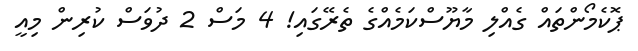
ޕޮކެމޯންތައް ގެއްލި މާޔޫސްކަމެއްގެ ތެރޭގައި! 4 މަސް 2 ދުވަސް ކުރިން މިއީ